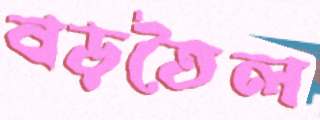
বড়তৈল